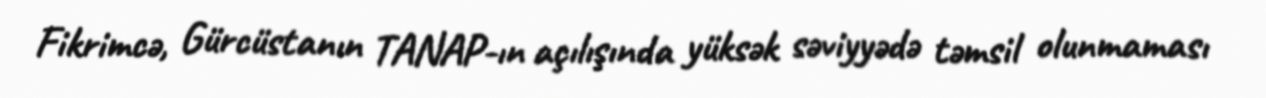
Fikrimcə, Gürcüstanın TANAP-ın açılışında yüksək səviyyədə təmsil olunmaması